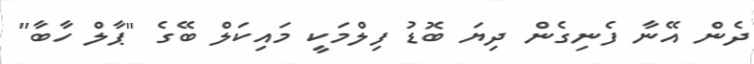
ދެން އޭނާ ފެނިގެން ދިޔަ ބޮޑު ފިލްމަކީ މައިކަލް ބޭގެ "ޕާލް ހާބާ"